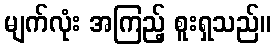
မျက်လုံး အကြည့် စူးရှသည်။